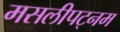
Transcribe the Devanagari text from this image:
मसलीपट्नम